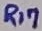
Text: R17